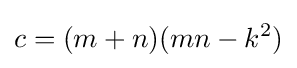
c=(m+n)(mn-k^{2})